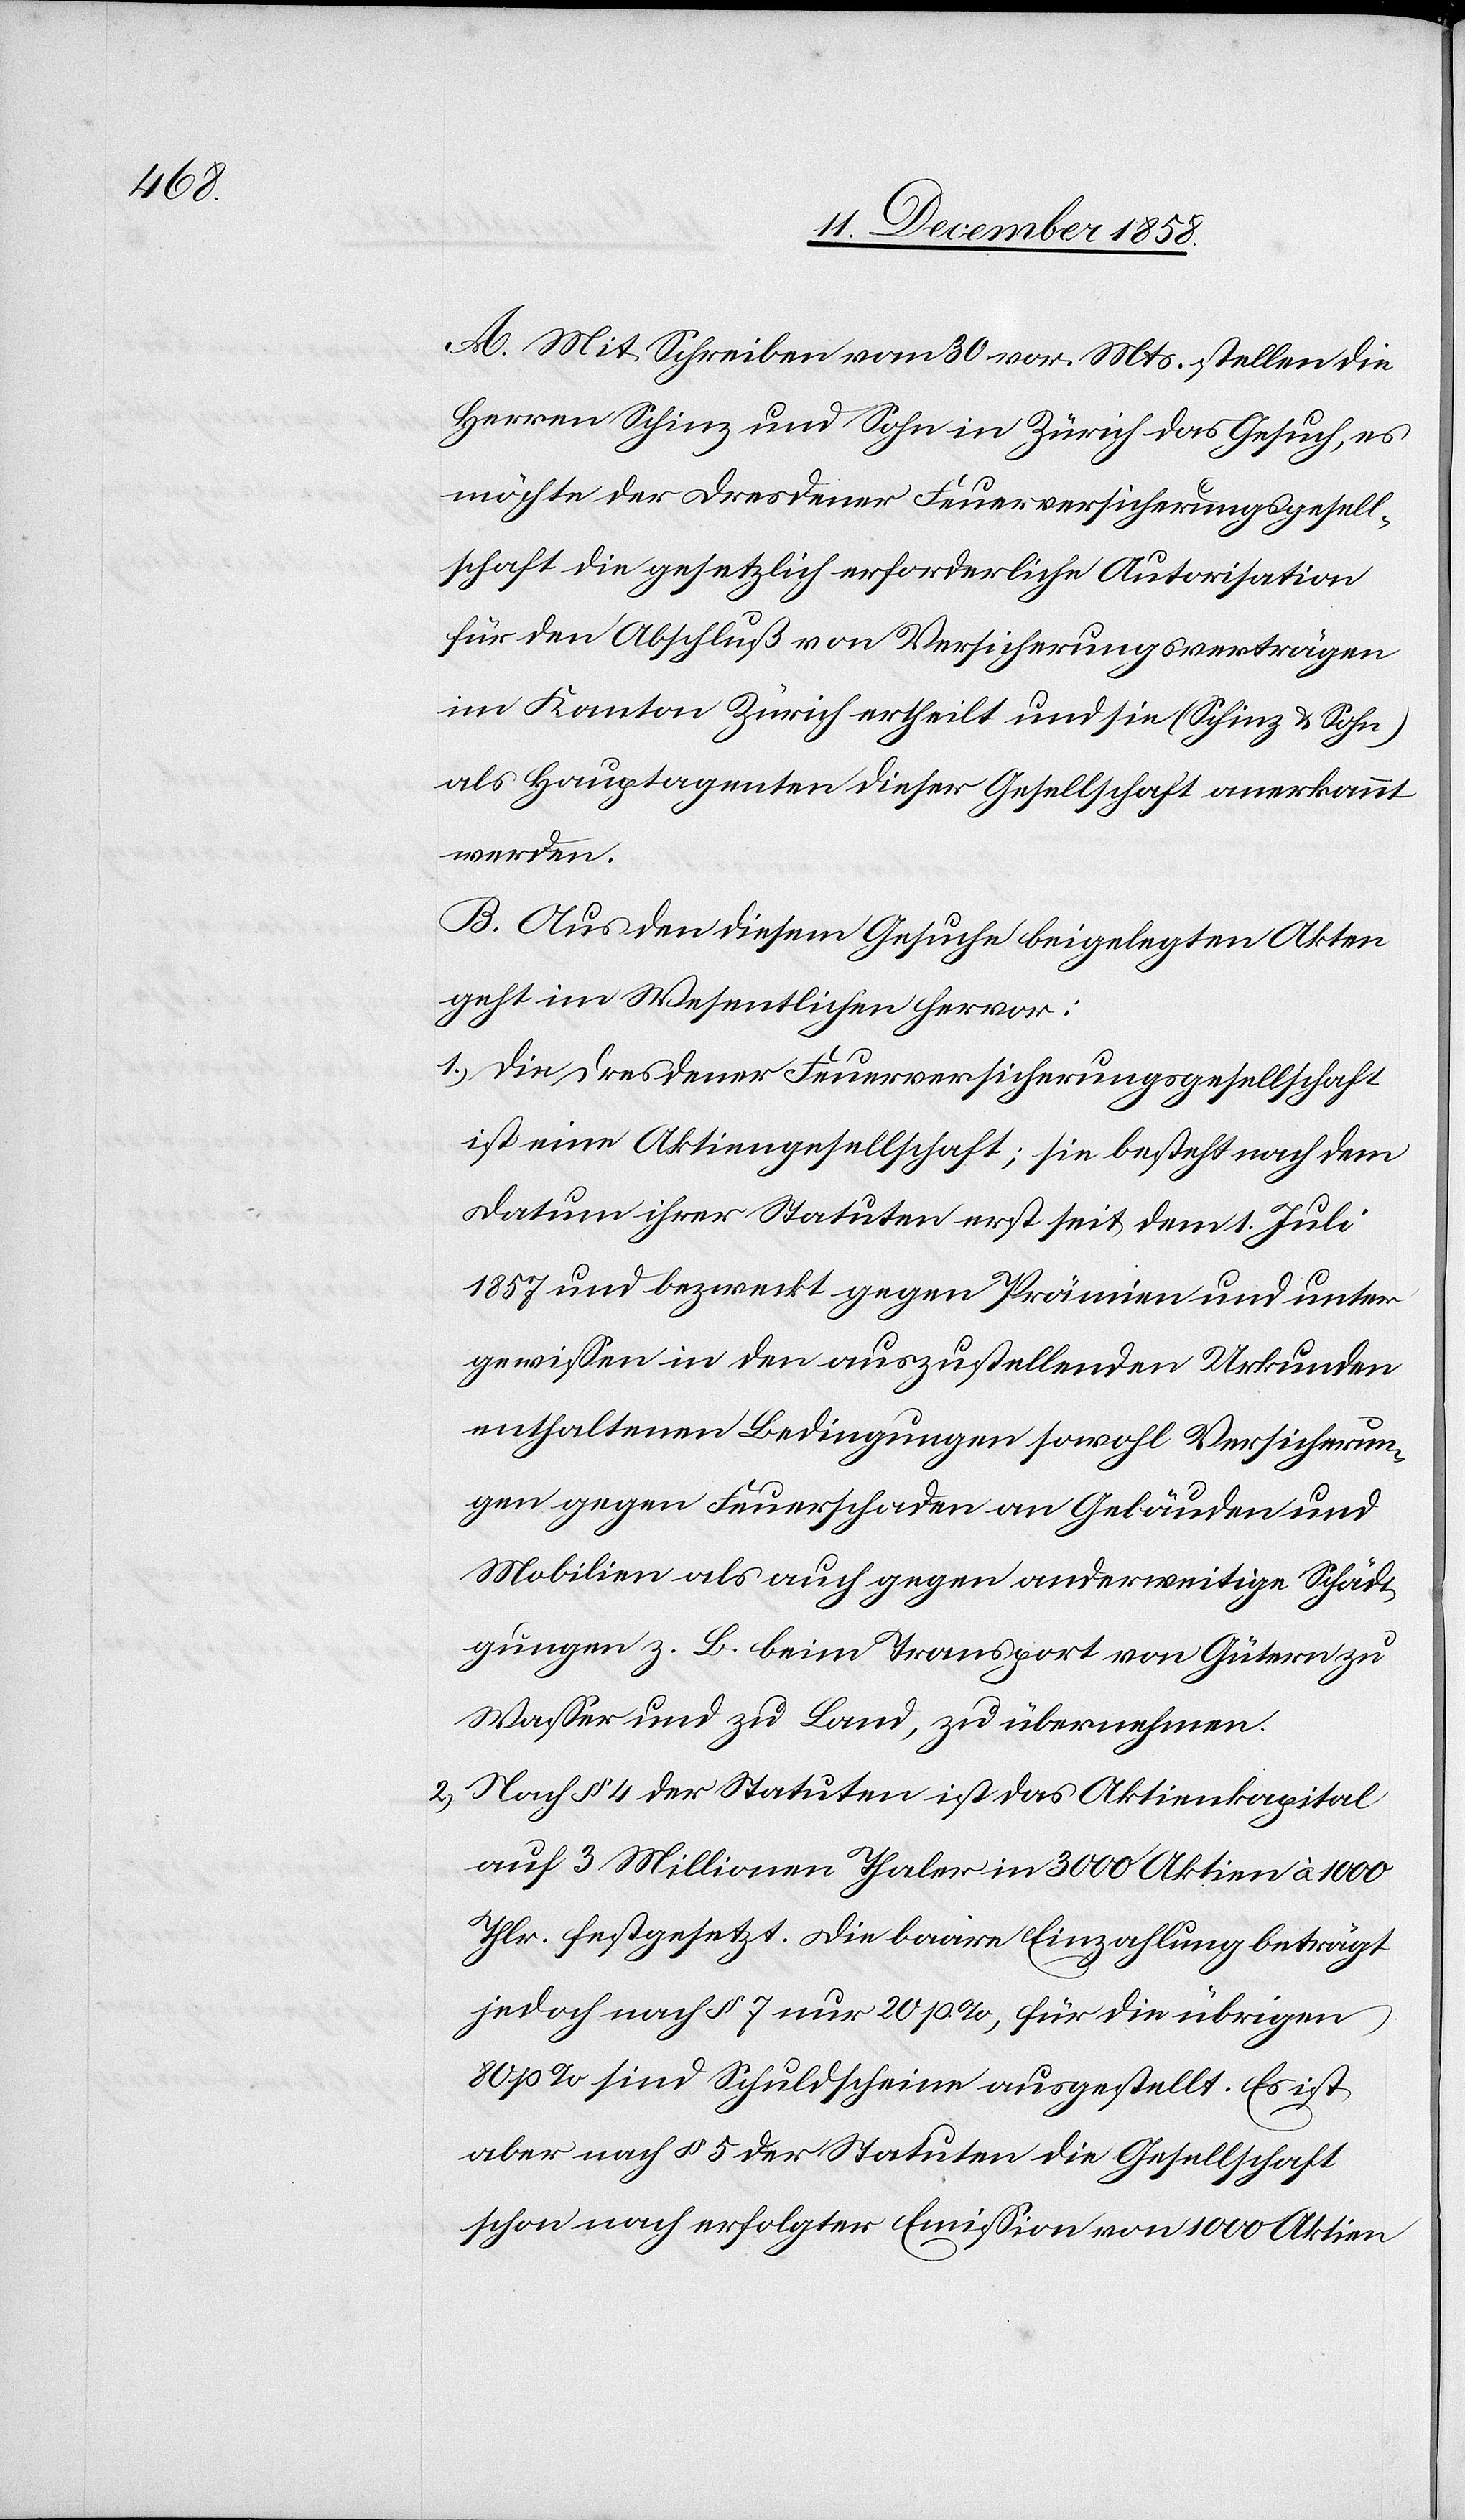
13.

wurden